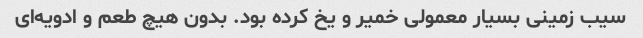
سیب زمینی بسیار معمولی خمیر و یخ کرده بود. بدون هیچ طعم و ادویه‌ای